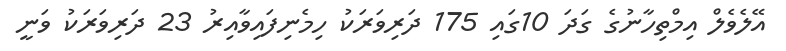
އޭލެވެލް އިމްތިހާނުގެ ގަދަ 10ގައި 175 ދަރިވަރަކު ހިމެނިފައިވާއިރު 23 ދަރިވަރަކު ވަނީ